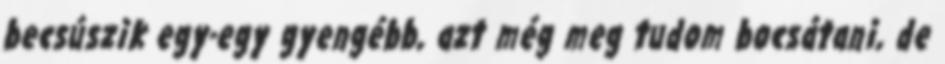
becsúszik egy-egy gyengébb, azt még meg tudom bocsátani, de